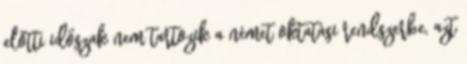
előtti időszak nem tartozik a német oktatási rendszerbe, azt